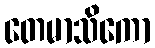
တေမာသိကော